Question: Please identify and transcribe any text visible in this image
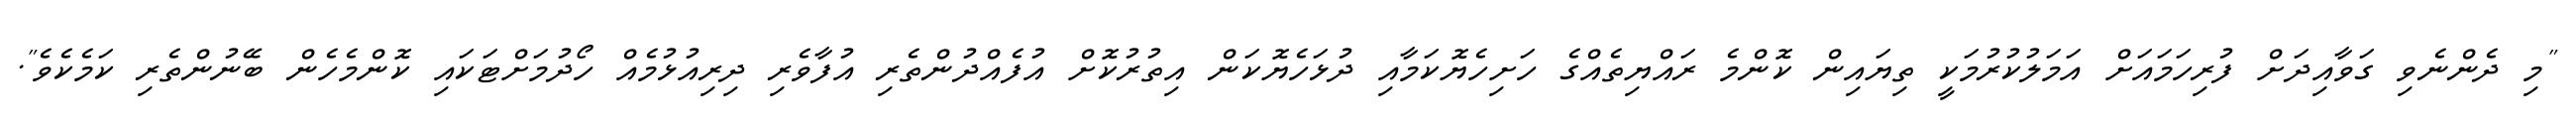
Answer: "މި ދެންނެވި ގަވާއިދަށް ފުރިހަމައަށް އަމަލުކުރުމަކީ ތިޔައިން ކޮންމެ ރައްޔިތެއްގެ ހަށިހެޔޮކަމާއި ދުޅަހެޔޮކަން އިތުރުކޮށް އުފެއްދުންތެރި އުފާވެރި ދިރިއުޅުމެއް ހޯދުމަށްޓަކައި ކޮންމެހެން ބޭނުންތެރި ކަމެކެވެ".